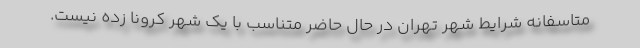
متاسفانه شرایط شهر تهران در حال حاضر متناسب با یک شهر کرونا زده نیست.